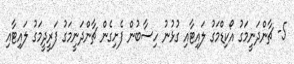
5- ޗާންދަނީމަގު އޯކިޑްމަގު ލައިޓާއި ގުޅުނު ހިސާބުން ފެށިގެން ޗާންދަނީމަގު ފަރީދީމަގު ލައިޓާއި